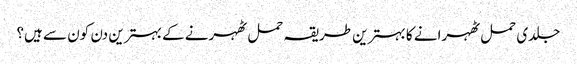
جلدی حمل ٹھہرانے کا بہترین طریقہ حمل ٹھہرنے کے بہترین دن کون سے ہیں؟